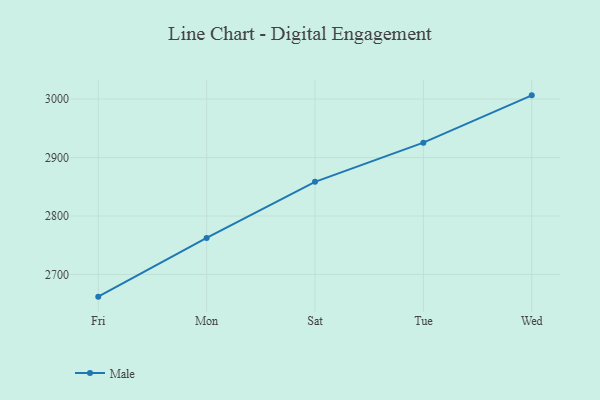
{"axis": {"x": "Day", "y": "Net Income (USD K)"}, "legend": ["Male"], "data": [{"x": "Fri", "y": 2662.0, "type": "Male"}, {"x": "Mon", "y": 2762.4, "type": "Male"}, {"x": "Sat", "y": 2858.5, "type": "Male"}, {"x": "Tue", "y": 2925.4, "type": "Male"}, {"x": "Wed", "y": 3006.4, "type": "Male"}]}